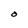
Character: O